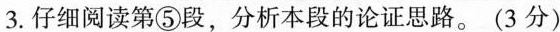
3.仔细阅读第⑤段，分析本段的论证思路。(3分)